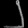
Digit: ၂